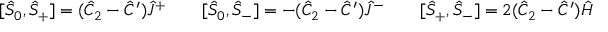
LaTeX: [ \hat { S } _ { 0 } , \hat { S } _ { + } ] = ( \hat { C } _ { 2 } - \hat { C } ^ { \prime } ) \hat { J } ^ { + } \qquad [ \hat { S } _ { 0 } , \hat { S } _ { - } ] = - ( \hat { C } _ { 2 } - \hat { C } ^ { \prime } ) \hat { J } ^ { - } \qquad [ \hat { S } _ { + } , \hat { S } _ { - } ] = 2 ( \hat { C } _ { 2 } - \hat { C } ^ { \prime } ) \hat { H }